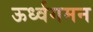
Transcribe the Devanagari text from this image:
ऊर्ध्वगमन